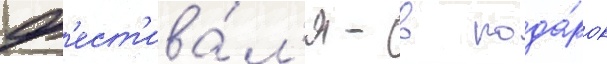
ф'ест'ива́л'я - в пода́рок